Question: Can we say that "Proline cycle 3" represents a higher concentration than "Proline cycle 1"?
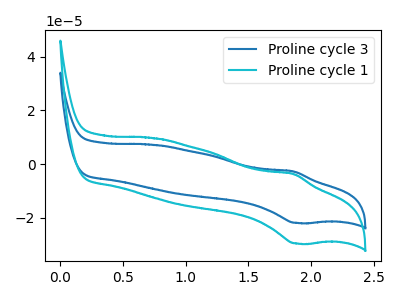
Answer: <think>The blue curve "Proline cycle 3" has an anodic peak at (1.85V, -2.70uA) and a cathodic peak at (1.90V, -21.90uA). The cyan curve "Proline cycle 1" has an anodic peak at (1.85V, -3.65uA) and a cathodic peak at (1.90V, -29.60uA).
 All the peaks in "Proline cycle 3" have a peak in "Proline cycle 1" at the same potential.</think>
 <answer>I cant tell if "Proline cycle 3" or "Proline cycle 1" has higher concentration.</answer>
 <eval>mixed_concentration</eval>